Account of plague administration in the Bombay Presidency from September 1896 till May 1897
Year: 1896
Disease focus: Plague
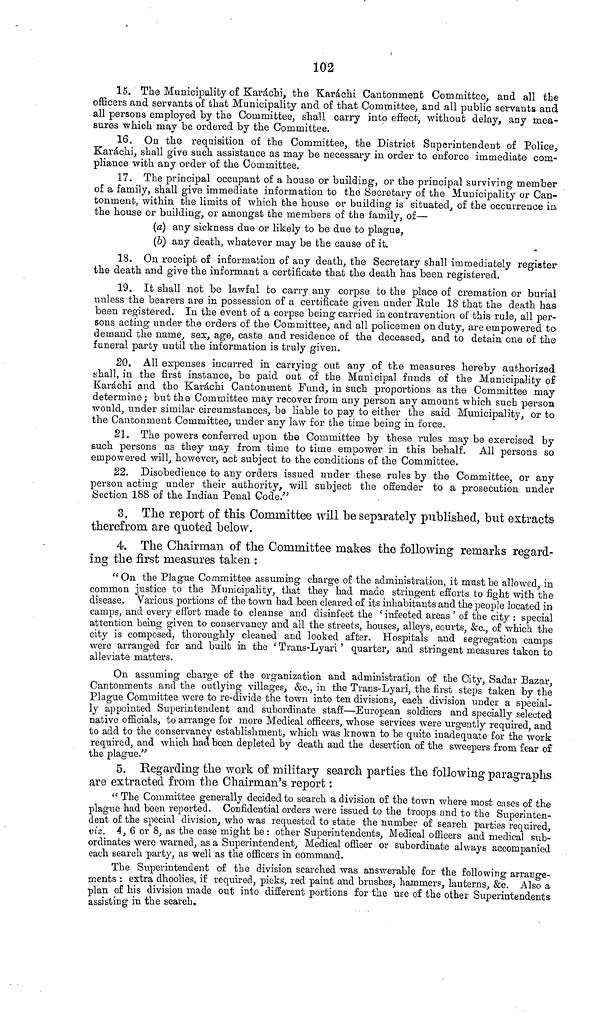
102
15. The Municipality of Karachi, the Karachi Cantonment Committee, and all the
officers and servants of that Municipality and of that Committee, and all public servants and
all persons employed by the Committee, shall carry into effect, without delay, any mea-
sures which may be ordered by the Committee.
16. On the requisition of the Committee, the District Superintendent of Police,
Karachi, shall give such assistance as may be necessary in order to enforce immediate com-
pliance with any order of the Committee.
17. The principal occupant of a house or building, or the principal surviving member
of a family, shall give immediate information to the Secretary of the Municipality or Can-
tonment, within the limits of which the house or building is situated, of the occurrence in
the house or building, or amongst the members of the family, of—
(a) any sickness due or likely to be due to plague,
(b) any death, whatever may be the cause of it.
18. On receipt of information of any death, the Secretary shall immediately register
the death and give the informant a certificate that the death has been registered.
19. It shall not be lawful to carry any corpse to the place of cremation or burial
unless the bearers are in possession of a certificate given under Rule 18 that the death has
been registered. In the event of a corpse being carried in contravention of this rule, all per-
sons acting under the orders of the Committee, and all policemen on duty, are empowered ta
demand the name, sex, age, caste and residence of the deceased, and to detain one of the
funeral party until the information is truly given.
20. All expenses incurred in carrying out any of the measures hereby authorized
shall, in the first instance, be paid out of the Municipal funds of the Municipality of
Karachi and the Karachi Cantonment Fund, in such proportions as the Committee may
determine; but the Committee may recover from any person any amount which such person
would, under similar circumstances, be liable to pay to either the said Municipality, or to
the Cantonment Committee, under any law for the time being in force.
21. The powers conferred upon the Committee by these rules may be exercised by
such persons as they may from, time to time empower in this behalf. All persons so
empowered will, however, act subject to the conditions of the Committee.
22. Disobedience to any orders issued under these rules by the Committee, or any
person acting under their authority, will subject the offender to a prosecution under
Section 188 of the Indian Penal Code."
3. The report of this Committee will be separately published, but extracts
therefrom are quoted below.
4. The Chairman of the Committee makes the following remarks regard-
ing the first measures taken :
" On the Plague Committee assuming charge of the administration, it must be allowed, in
common justice to the Municipality, that they had made stringent efforts to fight with the
disease. Various portions of the town had been cleared of its inhabitants and the people located in
camps, and every effort made to cleanse and disinfect the ' infected areas ' of the city : special
attention being given to conservancy and all the streets, houses, alleys, courts, &c., of which the
city is composed, thoroughly cleaned and looked after. Hospitals and segregation camps
were arranged for and built in the ' Trans-Lyari ' quarter, and stringent measures taken to
alleviate matters.
On assuming charge of the organization and administration of the City, Sadar Bazar,
Cantonments and the outlying villages, &c., in the Trans-Lyari, the first steps taken by the
Plague Committee were to re-divide the town into ten divisions, each division under a special-
ly appointed Superintendent and subordinate staff—European soldiers and specially selected
native officials, to arrange for more Medical officers, whose services were urgently required, and
to add to the conservancy establishment, which was known to be quite inadequate for the work
required, and which had been depleted by death and the desertion of the sweepers from, fear of
the plague."
5. Regarding the work of military search parties the following paragraphs
are extracted from the Chairman's report :
" The Committee generally decided to search a division of the town where most cases of the
plague had been reported. Confidential orders -were issued to the troops and to the Superinten-
dent of the special division, who was requested to state the number of search parties required,
viz. 4, 6 or 8, as the case might be: other Superintendents, Medical officers and medical sub-
ordinates were warned, as a Superintendent, Medical officer or subordinate always accompanied
each search party, as well as the officers in command.
The Superintendent of the division searched was answerable for the following arrange-
ments : extra dhoolies, if required, picks, red paint and brushes, hammers, lanterns, &c. Also a
plan of his division made out into different portions for the use of the other Superintendents
assisting in the search.